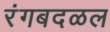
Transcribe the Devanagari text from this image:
रंगबदळल